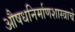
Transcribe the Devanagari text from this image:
औषधनिर्माणशास्त्राचे